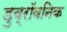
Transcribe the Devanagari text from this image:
डुब्रॉवनिक